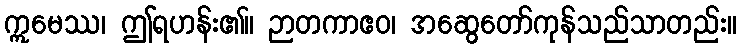
ဣမေဿ၊ ဤရဟန်း၏။ ဉာတကာဧဝ၊ အဆွေတော်ကုန်သည်သာတည်း။